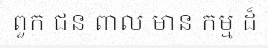
ពួក ជន ពាល មាន កម្ម ដ៏